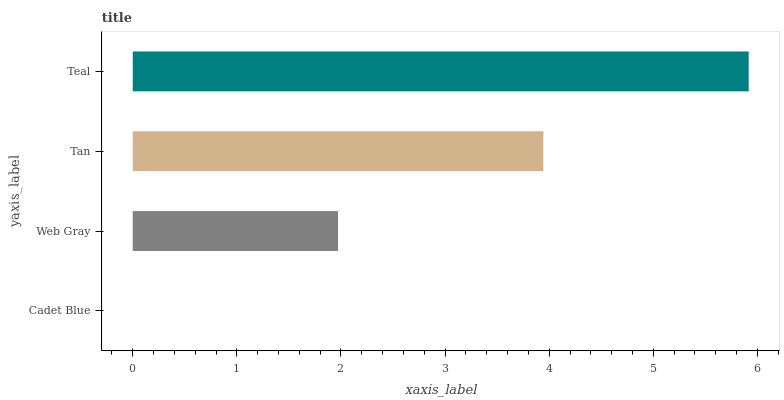
| yaxis_label | bars |
 | --- | --- |
 | Cadet Blue | 0 |
 | Web Gray | 1.97 |
 | Tan | 3.94 |
 | Teal | 5.92 |